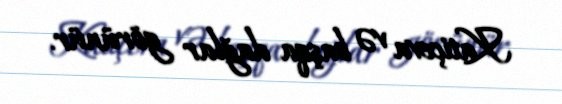
Katiçeva və başqa dağlar görünür.